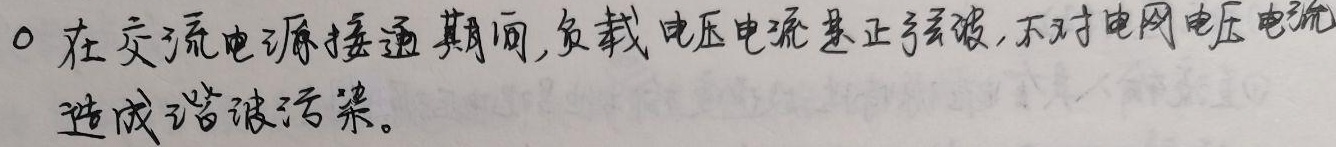
在交流电源接通期间，负载电压电流基正弦波，不对电网电压电流造成谐波污染。